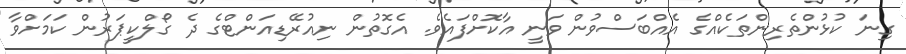
ގިނަ ކުޅުންތެރިންތަކެއްގެ އެއްބަސްވުން ވަނީ އާކޮށްފައެވެ. އެގޮތުން ނިއުރޭޑިއަންޓްގެ ދެ ގޯލްކީޕަރުން ކަމަށްވާ